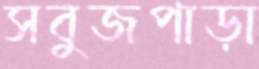
সবুজপাড়া